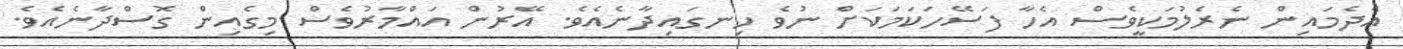
އެދެމައިން ނެރެލުމަކީވެސް އެހާ ފަސޭހަކަމަކަށް ނުވެ ހިނގައިދާނެއެވެ. އޭރުން އައްމާރުވެސް މިގެއިން ގޮސްދާނެއެވެ.